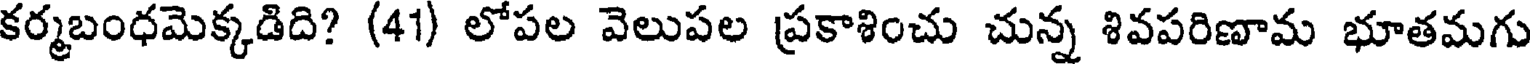
కర్మబంధమెక్కడిది? (41) లోపల వెలుపల ప్రకాశించు చున్న శివపరిణామ భూతమగు